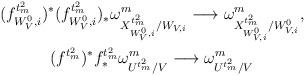
LaTeX: \begin{align*} \begin{gathered} (f_{{W^0_V},i}^{t^2_m})^* (f_{{W^0_V},i}^{t^2_m})_* \omega^m_{X^{t^2_m}_{W^0_V,i}/W_{V,i}} \longrightarrow \omega^m_{X^{t^2_m}_{W^0_{V,i}}/ W^0_{V,i}}, \\ (f^{t^2_m})^* f_*^{t^2_m} \omega^m_{U^{t^2_m}/V} \longrightarrow \omega^m_{U^{t^2_m}/V} \end{gathered} \end{align*}